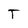
Character: T